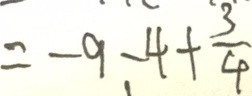
= - 9 - 4 + \frac { 3 } { 4 }